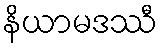
နိယာမဒဿီ